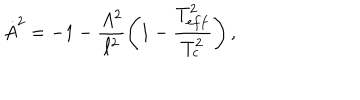
LaTeX: \dot { A } ^ { 2 } = - 1 - \frac { A ^ { 2 } } { \ell ^ { 2 } } \left( 1 - \frac { T _ { e f f } ^ { 2 } } { T _ { c } ^ { 2 } } \right) ,